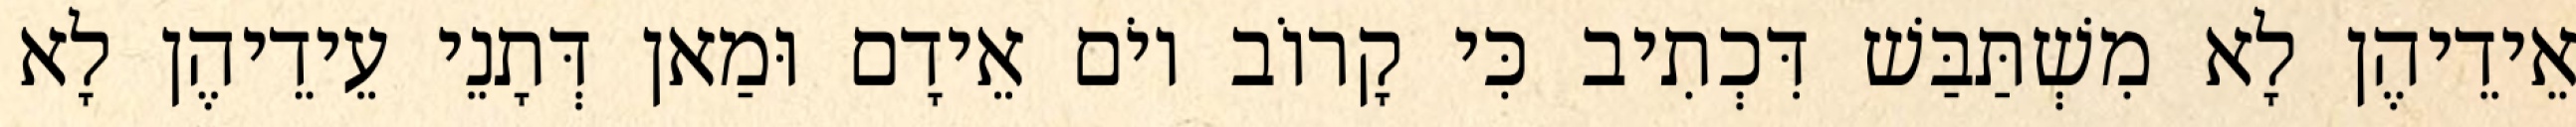
אֵידֵיהֶן לָא מִשְׁתַּבַּשׁ דִּכְתִיב כִּי קָרוֹב יוֹם אֵידָם וּמַאן דְּתָנֵי עֵידֵיהֶן לָא